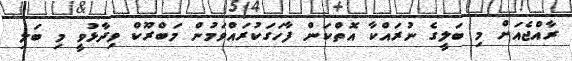
ރާއްޖެއަށް މި ބަލީގެ ނުރައްކާ އޮތްކަން ފާހަގަކުރައްވަމުން މަބްރޫކް ވިދާޅުވީ މި ބަލި